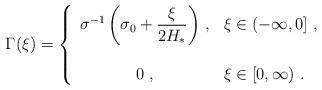
LaTeX: \begin{align*}\Gamma(\xi) = \left\{\begin{array}{cl}\displaystyle{\sigma^{-1}\left( \sigma_0 + \frac{\xi}{2H_*} \right)} \ ,& \xi\in (-\infty,0]\ , \\ & \\ 0 \ , & \xi\in [0,\infty)\ .\end{array}\right. \end{align*}